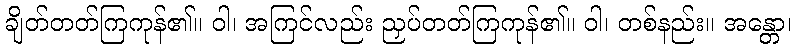
ချိတ်တတ်ကြကုန်၏။ ဝါ၊ အကြင်လည်း ညှပ်တတ်ကြကုန်၏။ ဝါ၊ တစ်နည်း။ အန္တော၊